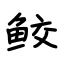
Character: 鲛